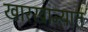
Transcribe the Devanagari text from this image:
खारखान्यात